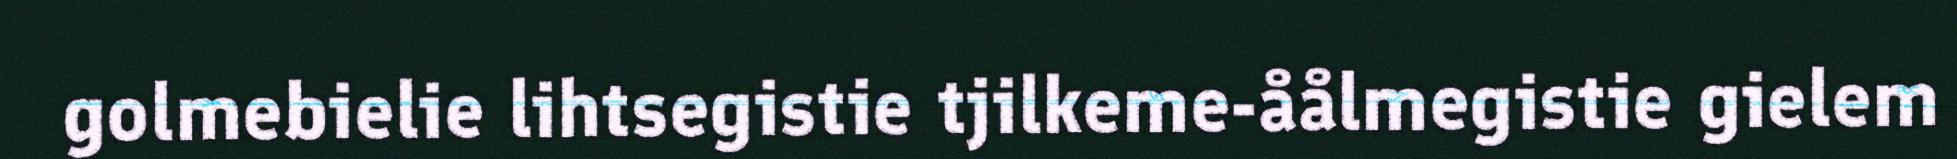
golmebielie lihtsegistie tjilkeme-åålmegistie gielem